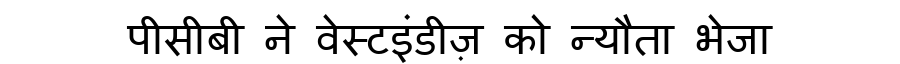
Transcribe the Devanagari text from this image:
पीसीबी ने वेस्टइंडीज़ को न्यौता भेजा